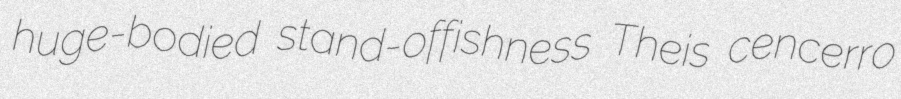
huge-bodied stand-offishness Theis cencerro